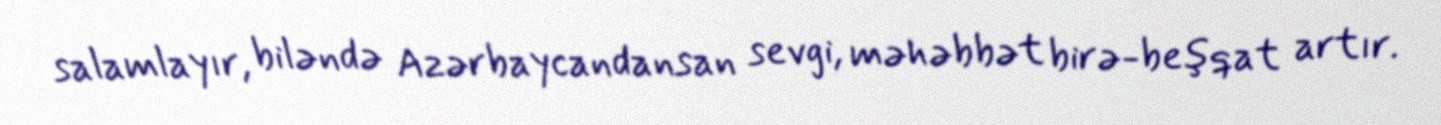
salamlayır, biləndə Azərbaycandansan sevgi, məhəbbət birə-beşqat artır.